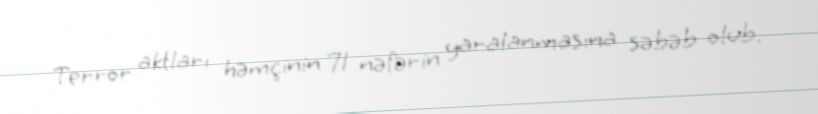
Terror aktları həmçinin 71 nəfərin yaralanmasına səbəb olub.